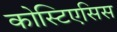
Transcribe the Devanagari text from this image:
कोस्टिएसिस